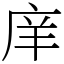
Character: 庠